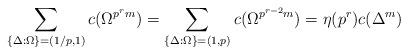
LaTeX: \begin{align*}\sum_{\{\Delta:\Omega\}=(1/p,1)} c(\Omega^{p^r m})=\sum_{\{\Delta:\Omega\}=(1,p)} c(\Omega^{p^{r-2}m})=\eta(p^{r}) c(\Delta^m)\end{align*}